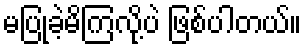
မပြုခဲ့မိကြလို့ပဲ ဖြစ်ပါတယ်။